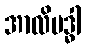
အာလိဗဒ္ဓါ